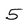
Character: 5